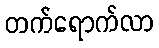
တက်ရောက်လာ